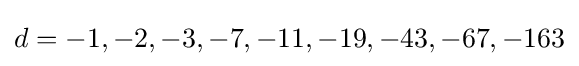
d=-1,-2,-3,-7,-11,-19,-43,-67,-163